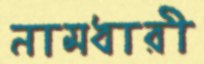
নামধারী